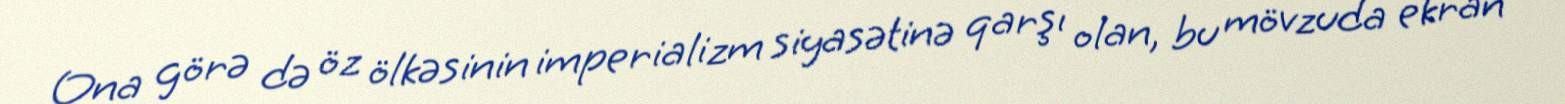
Ona görə də öz ölkəsinin imperializm siyasətinə qarşı olan, bu mövzuda ekran